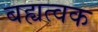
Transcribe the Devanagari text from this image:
बह्यत्वक